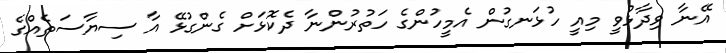
އޭނާ ވިދާޅުވީ މިއީ ހުޅަނގުން އެމީހުންގެ ހަތުރުންނާ ދެކޮޅަށް ގެންގުޅޭ އާ ސިޔާސަތެއްގެ